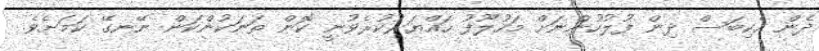
ދެން ހެކިބަސް ދިން ފުލުހުންނަށް މަހުލޫފު ހައްޔަރުކުރެވުނީ ކޮން ތަނަކުންކަން ނޭނގޭ ކަމަށެވެ.